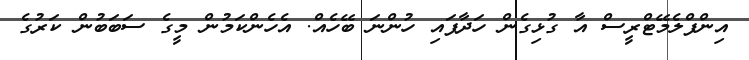
އިންފްލެމޭޓްރީސް އާ ގުޅިގެން ހަދާފައި ހުންނަ ބޭހެއް. އެހެންކަމުން މީގެ ސަބަބުން ކަރުގެ